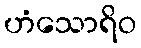
ဟံသောရိဝ